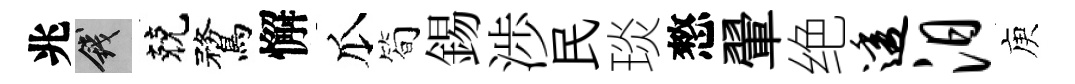
兆錢兢鶩懈瓜简錫渉民琰憗翬绝透汨庾